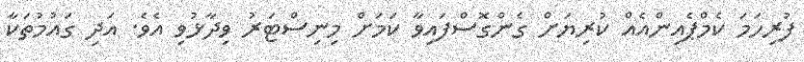
ފުރިހަމަ ކެމްޕެއިންއެއް ކުރިޔަށް ގެންގޮސްފައިވާ ކަމަށް މިނިސްޓަރު ވިދާޅުވި އެވެ. އަދި ގައުމުތަކާ